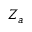
Z _ { a }